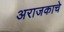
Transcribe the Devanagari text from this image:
अराजकाचे